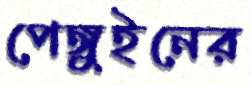
পেঙ্গুইনের